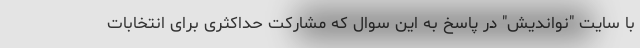
با سایت "نواندیش" در پاسخ به این سوال که مشارکت حداکثری برای انتخابات